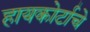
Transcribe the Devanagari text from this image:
हायकोर्टाचे